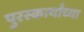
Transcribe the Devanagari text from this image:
पुरस्कर्त्यांच्या